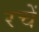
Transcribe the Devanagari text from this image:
रचें